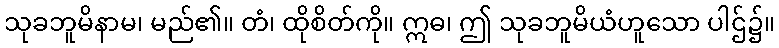
သုခဘူမိနာမ၊ မည်၏။ တံ၊ ထိုစိတ်ကို။ ဣဓ၊ ဤ သုခဘူမိယံဟူသော ပါဌ်၌။